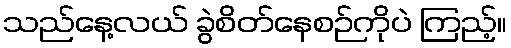
သည်နေ့လယ် ခွဲစိတ်နေစဉ်ကိုပဲ ကြည့်။